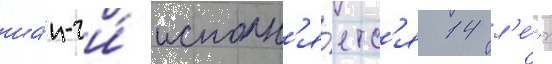
ша́н-чи́ исполн'я́етс'я 14 л'е́т